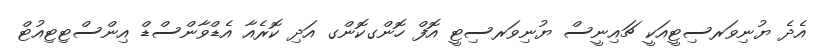
އެދެ ޔުނިވަރސިޓީއަކީ ޗައިނީސް ޔުނިވަރސިޓީ އޮފް ހޮންގކޮންގ އަދި ކޮރެއާ އެޑްވާންސްޑް އިންސްޓިޓިއުޓް